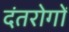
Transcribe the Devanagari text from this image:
दंतरोगों